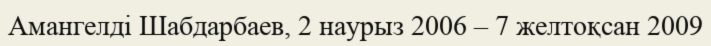
Амангелді Шабдарбаев, 2 наурыз 2006 – 7 желтоқсан 2009